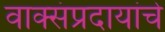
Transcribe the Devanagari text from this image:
वाक्संप्रदायांचे